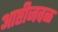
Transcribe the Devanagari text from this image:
आष्टीजवळ